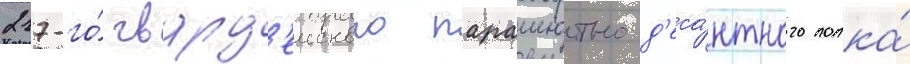
217-го́ гвард'еиского парашютно-д'еса́нтного полка́